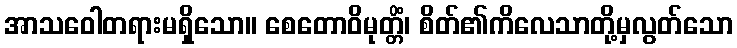
အာသဝေါတရားမရှိသော။ စေတောဝိမုတ္တိံ၊ စိတ်၏ကိလေသာတို့မှလွတ်သော